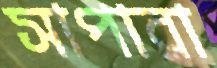
সাপারা